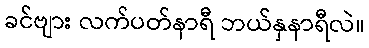
ခင်ဗျား လက်ပတ်နာရီ ဘယ်နှနာရီလဲ။